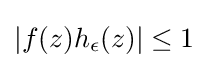
|f(z)h_{\epsilon }(z)|\leq 1